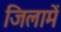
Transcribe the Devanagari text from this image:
जिलामें